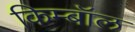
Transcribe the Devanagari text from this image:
किम्बॉल